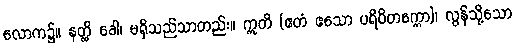
လောက၌။ နတ္ထိ ခေါ၊ မရှိသည်သာတည်း။ ဣတိ (ဧတံ ဧသော ပရိဝိတက္ကော)၊ လွန်သို့သော